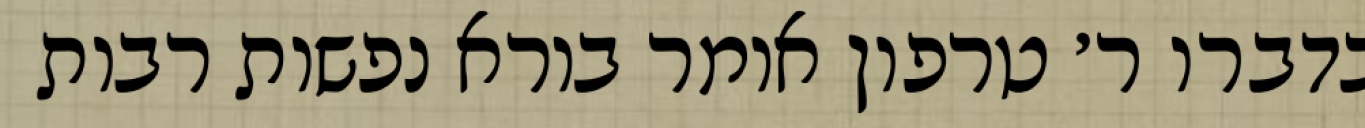
בדברו ר׳ טרפון אומר בורא נפשות רבות